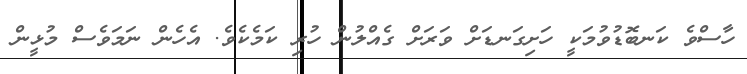
ހާސްވެ ކަނބޮޑުވުމަކީ ހަށިގަނޑަށް ވަރަށް ގެއްލުން ހުރި ކަމެކެވެ. އެހެން ނަމަވެސް މުޅީން